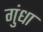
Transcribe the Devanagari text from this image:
गुंधा